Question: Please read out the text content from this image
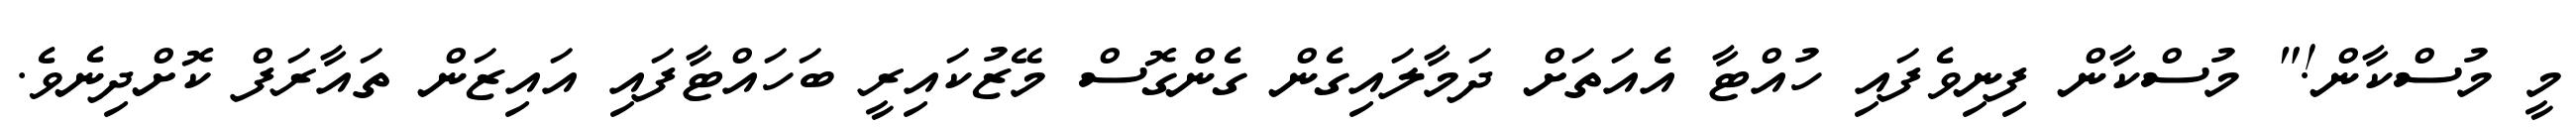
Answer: މީ މުސްކާން!" މުސްކާން ފިނިވެފައި ހުއްޓާ އެއަތަށް ދަމާލައިގެން ގެންގޮސް މޭޒުކައިރީ ބަހައްޓާފައި އައިޒަން ތައާރަފް ކޮށްދިނެވެ.